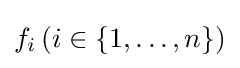
f_{i}\left(i\in \{1,\ldots ,n\}\right)